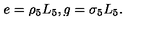
e = \rho _ { 5 } L _ { 5 } , g = \sigma _ { 5 } L _ { 5 } .